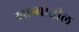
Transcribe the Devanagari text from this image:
खान्यातील